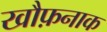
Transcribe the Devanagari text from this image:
खौफ़नाक